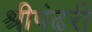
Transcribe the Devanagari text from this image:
श्रीपंढरी